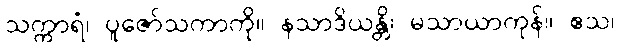
သက္ကာရံ၊ ပူဇော်သကာကို။ နသာဒိယန္တိ၊ မသာယာကုန်။ ဧသ၊